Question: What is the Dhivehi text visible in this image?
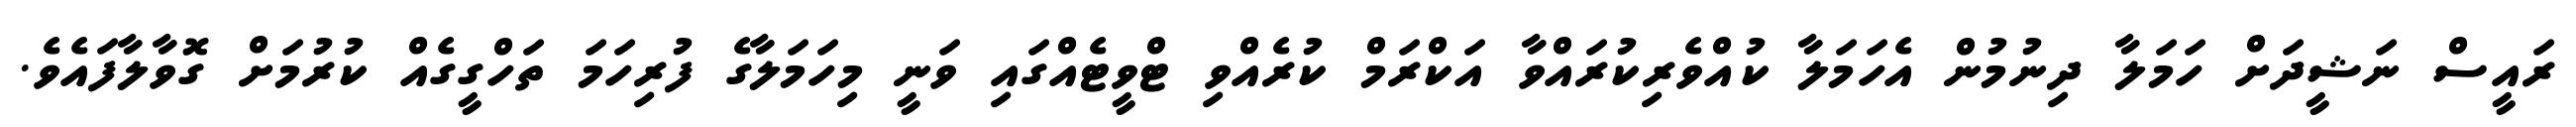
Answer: ރައީސް ނަޝީދަށް ހަމަލާ ދިނުމުން އެހަމަލާ ކުއްވެރިކުރައްވާ އަކްރަމް ކުރެއްވި ޓްވީޓެއްގައި ވަނީ މިހަމަލާގެ ފުރިހަމަ ތަހްގީގެއް ކުރުމަށް ގޮވާލާފައެވެ.